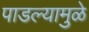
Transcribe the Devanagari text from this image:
पाडल्यामुळे